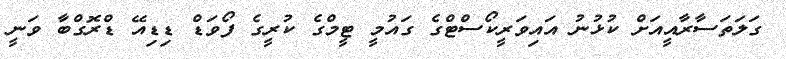
ގަލަތަސާރާއީއަށް ކުޅުނު އައިވަރީކޯސްޓްގެ ގައުމީ ޓީމްގެ ކުރީގެ ފޯވަޑް ޑިޑިއޭ ޑްރޮގްބާ ވަނީ